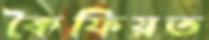
কৈফিয়ত